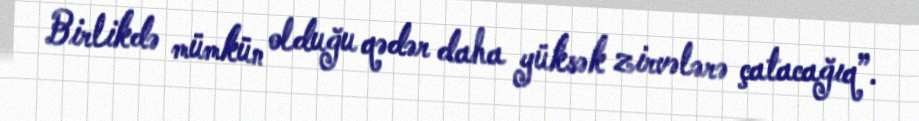
Birlikdə mümkün olduğu qədər daha yüksək zirvələrə çatacağıq”.